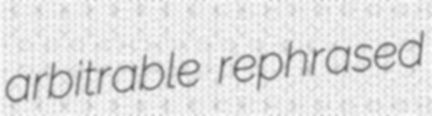
arbitrable rephrased